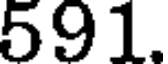
591.